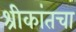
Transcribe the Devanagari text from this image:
श्रीकांतचा